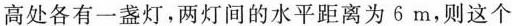
高处各有一盏灯，两灯间的水平距离为6m，则这个